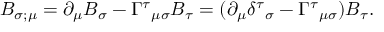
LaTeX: B _ { \sigma ; \mu } = \partial _ { \mu } B _ { \sigma } - \Gamma ^ { \tau } { } _ { \mu \sigma } B _ { \tau } = ( \partial _ { \mu } \delta ^ { \tau } { } _ { \sigma } - \Gamma ^ { \tau } { } _ { \mu \sigma } ) B _ { \tau } .